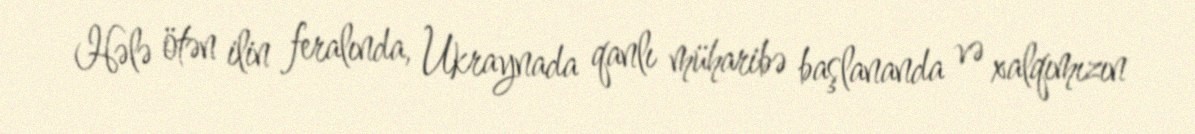
Hələ ötən ilin feralında, Ukraynada qanlı müharibə başlananda və xalqımızın